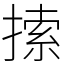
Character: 𢱢